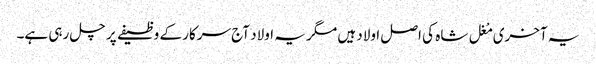
یہ آخری مْغل شاہ کی اصل اولاد ہیں مگر یہ اولاد آج سرکار کے وظیفے پر چل رہی ہے۔